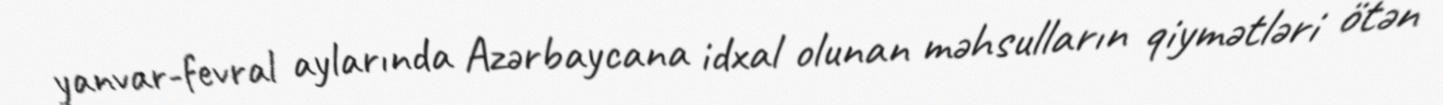
yanvar-fevral aylarında Azərbaycana idxal olunan məhsulların qiymətləri ötən